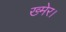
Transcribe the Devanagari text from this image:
ख्मेर।